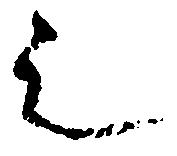
シ